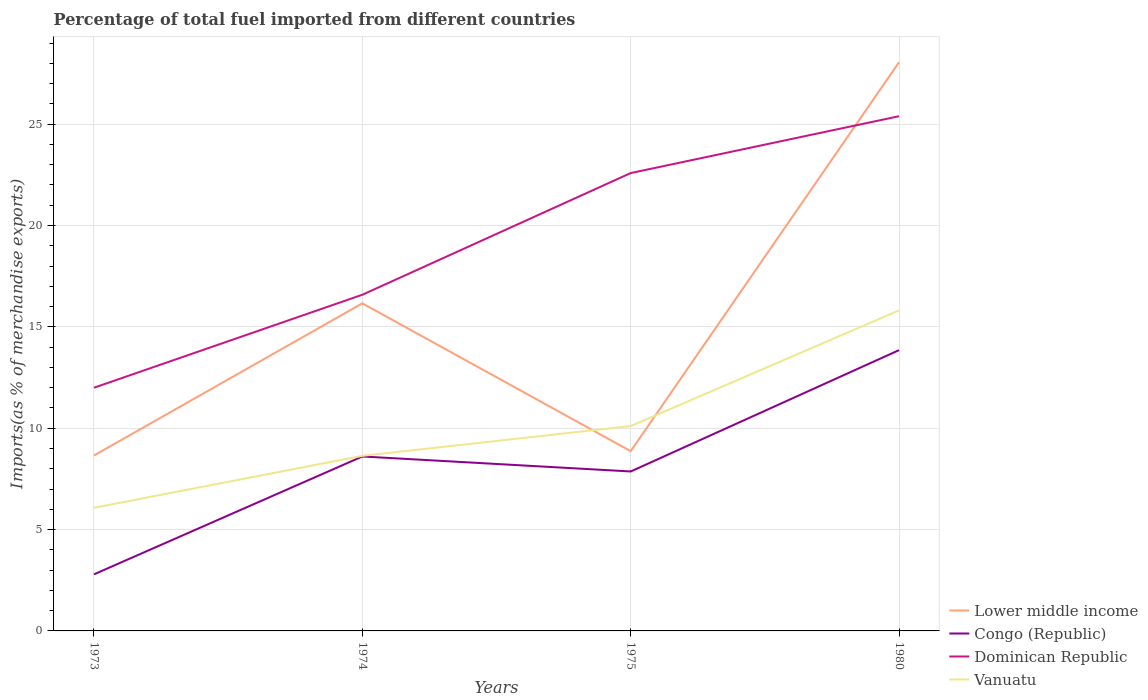
| Years | Lower middle income | Congo (Republic) | Dominican Republic | Vanuatu |
 | --- | --- | --- | --- | --- |
 | 1973 | 8.65 | 2.79 | 12 | 6.07 |
 | 1974 | 16.2 | 8.61 | 16.6 | 8.64 |
 | 1975 | 8.87 | 7.86 | 22.6 | 10.1 |
 | 1980 | 28.1 | 13.9 | 25.4 | 15.8 |